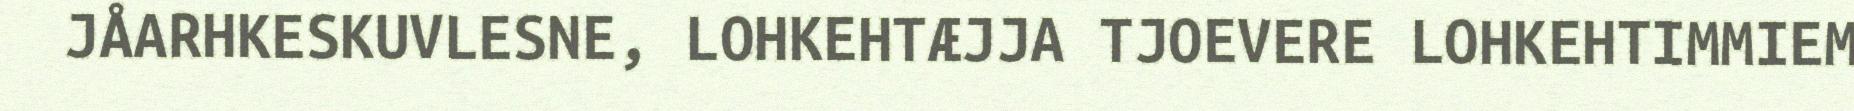
JÅARHKESKUVLESNE, LOHKEHTÆJJA TJOEVERE LOHKEHTIMMIEM